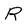
Character: R